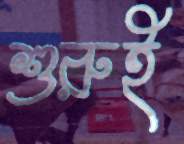
শুরুই